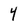
Character: 4